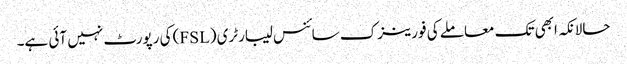
حالانکہ ابھی تک معاملے کی فورینزک سائنس لیبارٹری (FSL) کی رپورٹ نہیں آئی ہے۔